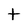
Character: t